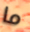
ما